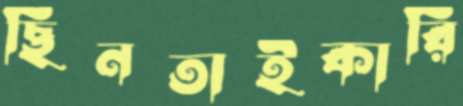
ছিনতাইকারি